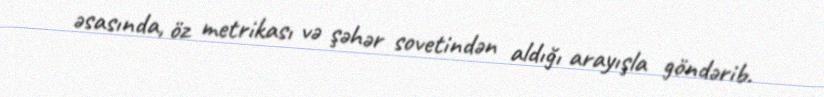
əsasında, öz metrikası və şəhər sovetindən aldığı arayışla göndərib.